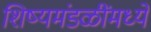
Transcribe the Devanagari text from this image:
शिष्यमंडळींमध्ये